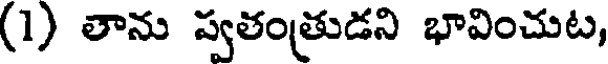
(1) తాను స్వతంత్రుడని భావించుట,